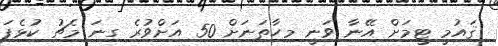
ޤައުމީ ޓީމަށް އޭނާ ވަނީ މިހާތަނަށް 50 އަށްވުރެ ގިނަ މެޗު ކުޅެފަ